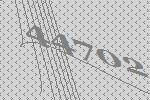
44702